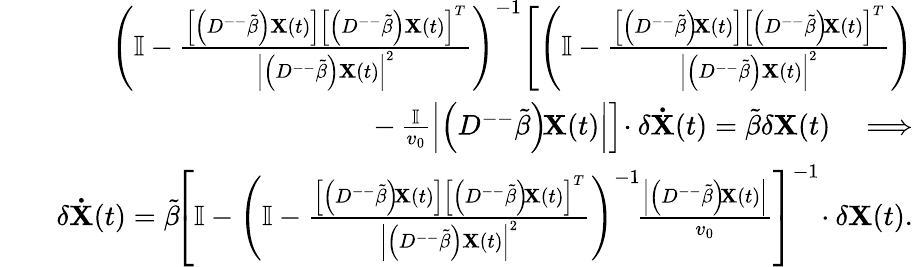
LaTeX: \begin{array}{rlr}&{}&{\left(\mathbb{I}-\frac{\left[\left(D^{--}\tilde{\beta}\right)\mathbf{X}(t)\right]\left[\left(D^{--}\tilde{\beta}\right)\mathbf{X}(t)\right]^{T}}{\left|\left(D^{--}\tilde{\beta}\right)\mathbf{X}(t)\right|^{2}}\right)^{-1}\! \left[\left(\mathbb{I}-\frac{\left[\left(D^{--}\tilde{\beta}\right)\! \mathbf{X}(t)\right]\left[\left(D^{--}\tilde{\beta}\right)\! \mathbf{X}(t)\right]^{T}}{\left|\left(D^{--}\tilde{\beta}\right)\mathbf{X}(t)\right|^{2}}\right)\right.}\\ &{}&{-\left.\frac{\mathbb{I}}{v_{0}}\left|\left(D^{--}\tilde{\beta}\right)\! \mathbf{X}(t)\right|\right]\! \cdot\delta\mathbf{\dot{X}}(t)=\tilde{\beta}\delta\mathbf{X}(t)\quad\Longrightarrow}\\ &{}&{\delta\mathbf{\dot{X}}(t)=\tilde{\beta}\! \left[\mathbb{I}-\left(\mathbb{I}-\frac{\left[\left(D^{--}\tilde{\beta}\right)\! \mathbf{X}(t)\right]\left[\left(D^{--}\tilde{\beta}\right)\! \mathbf{X}(t)\right]^{T}}{\left|\left(D^{--}\tilde{\beta}\right)\mathbf{X}(t)\right|^{2}}\right)^{-1}\! \frac{\left|\left(D^{--}\tilde{\beta}\right)\! \mathbf{X}(t)\right|}{v_{0}}\right]^{-1}\! \cdot\delta\mathbf{X}(t).}\end{array}